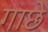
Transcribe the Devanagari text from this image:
गाछे